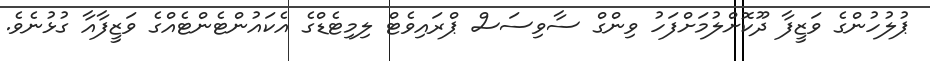
ޕުލުހުންގެ ވަޒީފާ ދޫކޮށްލުމަށްފަހު ވިންގް ސާވިސަސް ޕްރައިވެޓް ލިމިޓެޑްގެ އެކައުންޓެންޓެއްގެ ވަޒީފާއާ ގުޅުނެވެ.